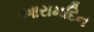
આરામદિન